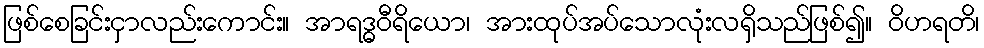
ဖြစ်စေခြင်းငှာလည်းကောင်း။ အာရဒ္ဓဝီရိယော၊ အားထုပ်အပ်သောလုံးလရှိသည်ဖြစ်၍။ ဝိဟရတိ၊